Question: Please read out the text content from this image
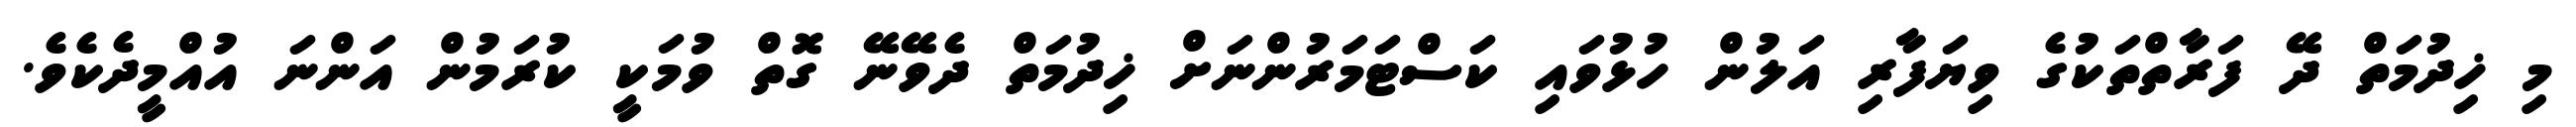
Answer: މި ޚިދުމަތް ދޭ ފަރާތްތަކުގެ ވިޔަފާރި އަލުން ހުޅުވައި ކަސްޓަމަރުންނަށް ޚިދުމަތް ދެވޭނޭ ގޮތް ވުމަކީ ކުރަމުން އަންނަ އުއްމީދެކެވެ.